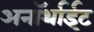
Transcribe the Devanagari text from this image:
अनॉर्थाईट